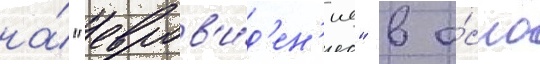
на́ "евров'и́д'ен'ие" в о́сло